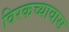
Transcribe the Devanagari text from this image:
विरकच्यावास